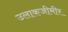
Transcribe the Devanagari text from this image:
उलाकजीमीर